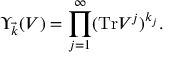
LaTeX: \Upsilon _ { \vec { k } } ( V ) = \prod _ { j = 1 } ^ { \infty } ( \mathrm { T r } V ^ { j } ) ^ { k _ { j } } .